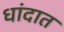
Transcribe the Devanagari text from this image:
धांदात